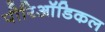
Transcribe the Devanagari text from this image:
पीरिऑडिकल